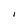
Character: I